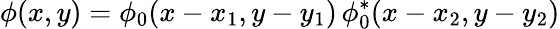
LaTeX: \phi(x,y)=\phi_{0}(x-x_{1},y-y_{1})\, \phi_{0}^{\ast}(x-x_{2},y-y_{2})